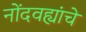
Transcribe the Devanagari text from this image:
नोंदवह्यांचे